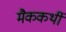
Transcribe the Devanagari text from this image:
मैककर्थी